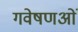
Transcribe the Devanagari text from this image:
गवेषणओं